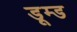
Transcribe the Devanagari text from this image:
डूम्ड